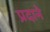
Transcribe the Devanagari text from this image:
प्रदाने